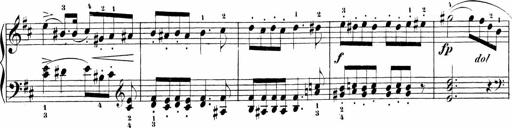
Title: Sonatinen Op.47, 98 und 136, nebst 6 Liedersonatinen
Composer: Carl Reinecke